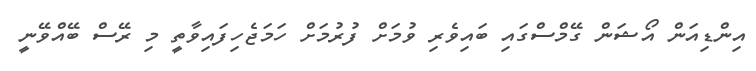
އިންޑިއަން އޯޝަން ގޭމްސްގައި ބައިވެރި ވުމަށް ފުރުމަށް ހަމަޖެހިފައިވާތީ މި ރޭސް ބޭއްވޭނީ